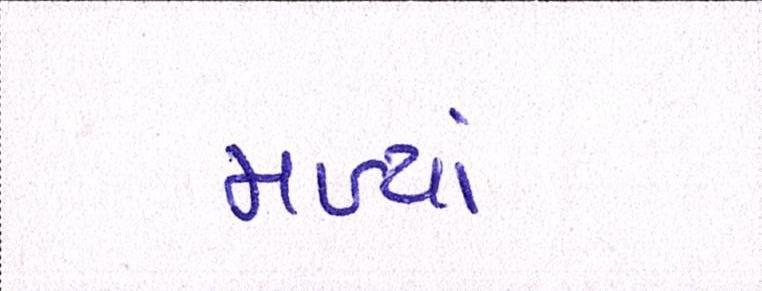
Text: મળ્યાં